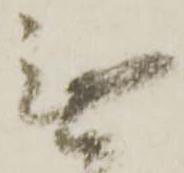
無